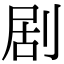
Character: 剧